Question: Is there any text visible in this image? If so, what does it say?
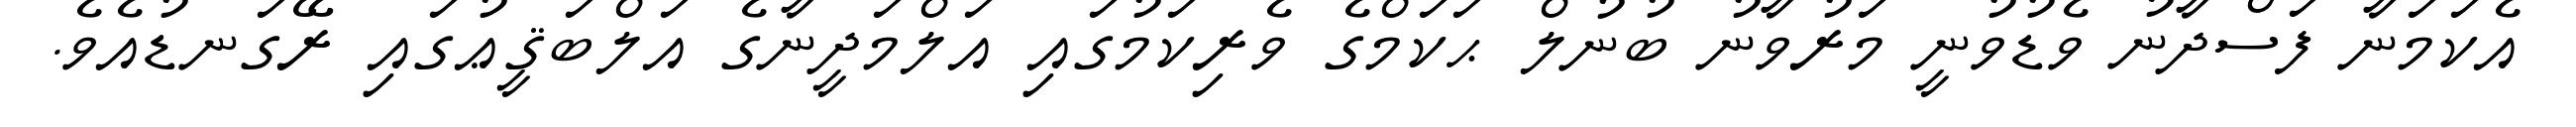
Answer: އެކަމަނާ ފަސްދާނު ވެޑުވުނީ މަރުވާނު ބުނުލް ޙަކަމްގެ ވެރިކަމުގައި އަލްމަދީނާގެ އަލްބަޤީޢުގައި ރޭގަނޑުއެވެ.